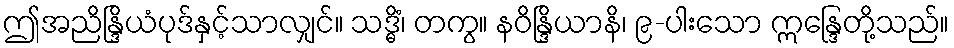
ဤအညိန္ဒြိယံပုဒ်နှင့်သာလျှင်။ သဒ္ဓိံ၊ တကွ။ နဝိန္ဒြိယာနိ၊ ၉-ပါးသော ဣန္ဒြေတို့သည်။